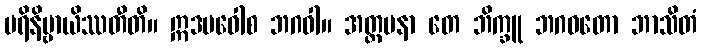
ပရိနိဗ္ဗာယိဿတီတိ။ ဣဒမဝေါစ ဘဂဝါ။ အတ္တမနာ တေ ဘိက္ခူ ဘဂဝတော ဘာသိတံ